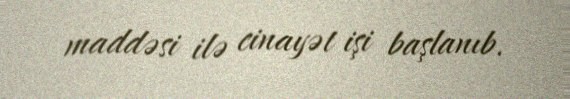
maddəsi ilə cinayət işi başlanıb.